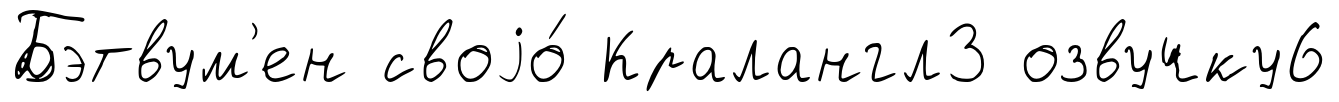
Бэтвум'ен своjо́ Кралангл3 озвучку6